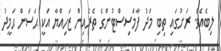
ލިބެއެވެ. ރަށުގައި ތިބި މަދު ފާމަސިސްޓުންގެ ތެރެއިން ޒަހިއްޔާ އަކީ ޙަސަން ޙަމީދު